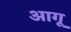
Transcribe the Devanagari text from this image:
आगू